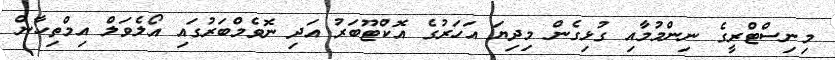
މިނިސްޓްރީގެ ނިންމުމާއި ގުޅިގެން މިދިޔަ އަހަރުގެ އޮކްޓޫބަރު އަދި ނޮވެމްބަރުގައި އޯލެވަލް އިމްތިހާން